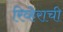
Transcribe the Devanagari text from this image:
रिव्हेराची